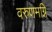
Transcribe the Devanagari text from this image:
वरुणमग्नि